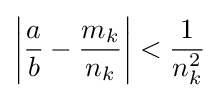
\left|{\frac {a}{b}}-{\frac {m_{k}}{n_{k}}}\right|<{\frac {1}{n_{k}^{2}}}